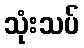
သုံးသပ်